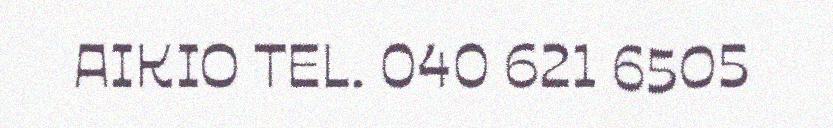
AIKIO TEL. 040 621 6505